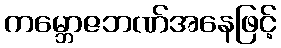
ကမ္ဘောဇဘဏ်အနေဖြင့်